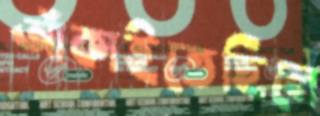
আঁকাইতেছিলে